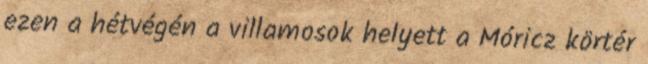
ezen a hétvégén a villamosok helyett a Móricz körtér